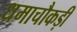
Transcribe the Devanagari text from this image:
धमाचौकड़ी